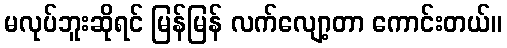
မလုပ်ဘူးဆိုရင် မြန်မြန် လက်လျော့တာ ကောင်းတယ်။